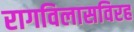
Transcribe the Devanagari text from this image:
रागविलासविरह